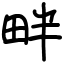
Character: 畔